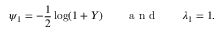
\psi _ { 1 } = - \frac { 1 } { 2 } \log ( 1 + Y ) \qquad \mathrm { ~ a ~ n ~ d ~ } \qquad \lambda _ { 1 } = 1 .